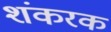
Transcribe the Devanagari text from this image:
शंकरक